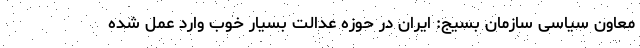
معاون سیاسی سازمان بسیج: ایران در حوزه عدالت بسیار خوب وارد عمل شده